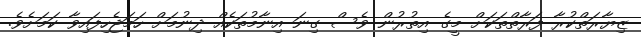
ޒިޔާރަތްކުރާ ފަރާތްތަކަށް މީގެ އިތުރުން ވެސް ގިނަ އިނާމުތަކެއް ދިނުމަށް ހަމަޖެހިފައިވާ ކަމަށެވެ.